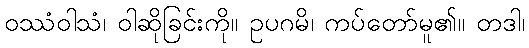
ဝဿံဝါသံ၊ ဝါဆိုခြင်းကို။ ဥပဂမိ၊ ကပ်တော်မူ၏။ တဒါ၊